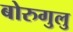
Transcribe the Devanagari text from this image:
बोरुगुलु